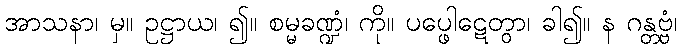
အာသနာ၊ မှ။ ဥဋ္ဌာယ၊ ၍။ စမ္မခဏ္ဍံ၊ ကို။ ပပ္ဖေါဋေတွာ၊ ခါ၍။ န ဂန္တဗ္ဗံ၊